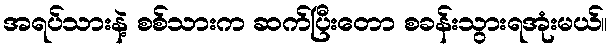
အရပ်သားနဲ့ စစ်သားက ဆက်ပြီးတော စခန်းသွားရအုံးမယ်။